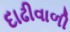
દાઢીવાળી